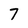
Character: 7